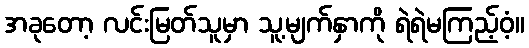
အခုတော့ လင်းမြတ်သူမှာ သူ့မျက်နှာကို ရဲရဲမကြည့်ဝံ့။